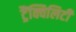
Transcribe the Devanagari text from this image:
ट्रैंक्विलिटी